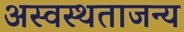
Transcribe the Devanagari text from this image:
अस्वस्थताजन्य